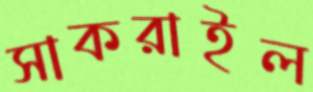
সাকরাইল